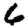
Digit: 6